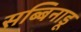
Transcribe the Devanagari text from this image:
सब्बिनाडू